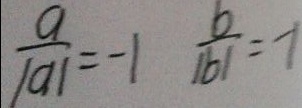
\frac { a } { \vert a \vert } = - 1 \frac { b } { \vert b \vert } = - 1